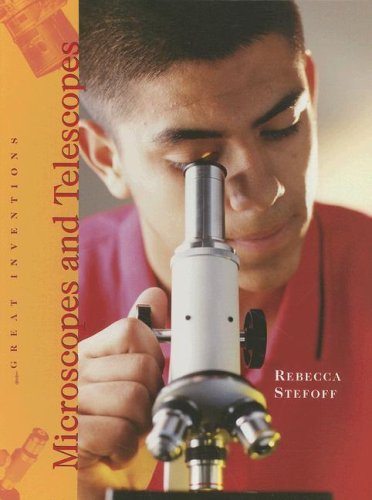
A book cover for Microscopes and Telescopes (Great Inventions (Benchmark Books)); Rebecca Stefoff; Science & Math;